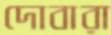
দোবারা